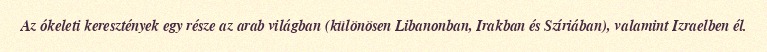
Az ókeleti keresztények egy része az arab világban (különösen Libanonban, Irakban és Szíriában), valamint Izraelben él.